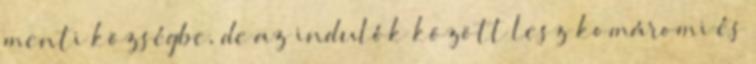
menti községbe, de az indulók között lesz komáromi és